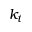
k _ { t }